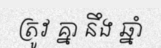
ត្រូវ គ្នា នឹង ឆ្នាំ